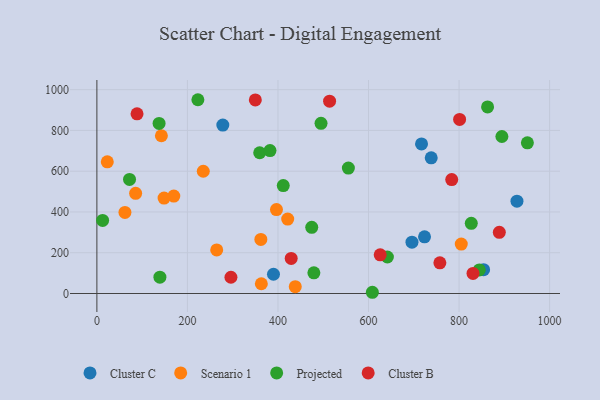
{"axis": {"x": "Ad Spend", "y": "Profit"}, "legend": ["Cluster B", "Cluster C", "Projected", "Scenario 1"], "data": [{"x": "278.2", "y": 826.3, "type": "Cluster C"}, {"x": "854.2", "y": 116.9, "type": "Cluster C"}, {"x": "390.1", "y": 94.4, "type": "Cluster C"}, {"x": "927.9", "y": 453.1, "type": "Cluster C"}, {"x": "696.0", "y": 252.0, "type": "Cluster C"}, {"x": "723.7", "y": 278.2, "type": "Cluster C"}, {"x": "717.1", "y": 733.6, "type": "Cluster C"}, {"x": "738.5", "y": 665.8, "type": "Cluster C"}, {"x": "363.3", "y": 47.7, "type": "Scenario 1"}, {"x": "362.2", "y": 265.1, "type": "Scenario 1"}, {"x": "142.5", "y": 773.8, "type": "Scenario 1"}, {"x": "421.5", "y": 365.3, "type": "Scenario 1"}, {"x": "235.0", "y": 599.7, "type": "Scenario 1"}, {"x": "438.2", "y": 33.4, "type": "Scenario 1"}, {"x": "804.9", "y": 242.4, "type": "Scenario 1"}, {"x": "23.0", "y": 645.9, "type": "Scenario 1"}, {"x": "169.9", "y": 477.9, "type": "Scenario 1"}, {"x": "85.6", "y": 491.3, "type": "Scenario 1"}, {"x": "148.4", "y": 467.9, "type": "Scenario 1"}, {"x": "264.7", "y": 213.7, "type": "Scenario 1"}, {"x": "396.7", "y": 411.8, "type": "Scenario 1"}, {"x": "62.0", "y": 397.5, "type": "Scenario 1"}, {"x": "827.0", "y": 344.4, "type": "Projected"}, {"x": "894.6", "y": 770.2, "type": "Projected"}, {"x": "950.9", "y": 739.1, "type": "Projected"}, {"x": "495.1", "y": 834.9, "type": "Projected"}, {"x": "359.6", "y": 690.4, "type": "Projected"}, {"x": "223.1", "y": 950.6, "type": "Projected"}, {"x": "382.4", "y": 701.1, "type": "Projected"}, {"x": "137.4", "y": 834.3, "type": "Projected"}, {"x": "863.0", "y": 915.2, "type": "Projected"}, {"x": "608.5", "y": 6.0, "type": "Projected"}, {"x": "72.1", "y": 559.5, "type": "Projected"}, {"x": "641.7", "y": 179.0, "type": "Projected"}, {"x": "844.7", "y": 115.5, "type": "Projected"}, {"x": "139.2", "y": 80.3, "type": "Projected"}, {"x": "474.6", "y": 324.4, "type": "Projected"}, {"x": "555.5", "y": 615.4, "type": "Projected"}, {"x": "12.7", "y": 358.6, "type": "Projected"}, {"x": "479.3", "y": 101.2, "type": "Projected"}, {"x": "411.7", "y": 529.3, "type": "Projected"}, {"x": "88.7", "y": 881.3, "type": "Cluster B"}, {"x": "801.2", "y": 853.9, "type": "Cluster B"}, {"x": "830.8", "y": 98.6, "type": "Cluster B"}, {"x": "888.9", "y": 300.2, "type": "Cluster B"}, {"x": "514.0", "y": 943.4, "type": "Cluster B"}, {"x": "625.8", "y": 189.5, "type": "Cluster B"}, {"x": "783.8", "y": 558.7, "type": "Cluster B"}, {"x": "757.6", "y": 150.6, "type": "Cluster B"}, {"x": "429.2", "y": 172.3, "type": "Cluster B"}, {"x": "296.1", "y": 79.7, "type": "Cluster B"}, {"x": "350.0", "y": 949.4, "type": "Cluster B"}]}